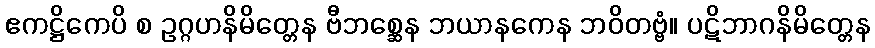
ဧကဋ္ဌိကေပိ စ ဥဂ္ဂဟနိမိတ္တေန ဗီဘစ္ဆေန ဘယာနကေန ဘဝိတဗ္ဗံ။ ပဋိဘာဂနိမိတ္တေန